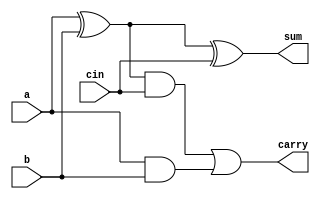
module full_adder(input b, input a, input cin, output sum, output carry);

assign sum=a^b^cin;
assign carry=((a^b)&cin)|(a&b);

endmodule